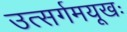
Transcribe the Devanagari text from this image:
उत्सर्गमयूखः